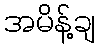
အမိန့်ချ